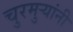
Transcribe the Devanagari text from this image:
चुरमुऱ्यांनी